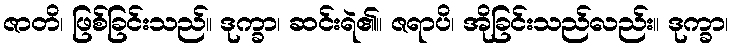
ဇာတိ၊ ဖြစ်ခြင်းသည်။ ဒုက္ခာ၊ ဆင်းရဲ၏။ ဇရာပိ၊ အိုခြင်းသည်လည်း။ ဒုက္ခာ၊